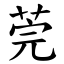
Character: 莞